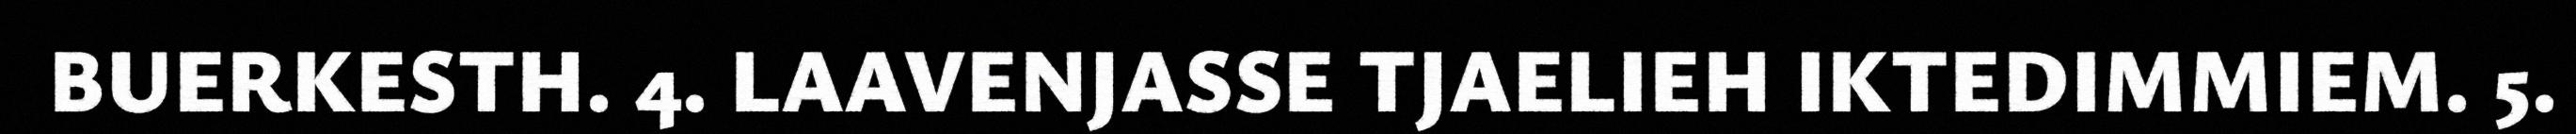
BUERKESTH. 4. LAAVENJASSE TJAELIEH IKTEDIMMIEM. 5.